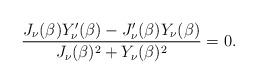
LaTeX: \begin{align*}\frac{J_\nu(\beta)Y_\nu^\prime(\beta)-J^\prime_\nu(\beta)Y_\nu(\beta) }{J_\nu(\beta)^2+Y_\nu(\beta)^2} = 0.\end{align*}